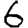
Digit: 6